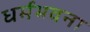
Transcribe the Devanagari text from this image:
धर्मभवना